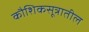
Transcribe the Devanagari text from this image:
कौशिकसूत्रातील